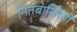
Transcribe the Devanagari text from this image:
नितंबास्तियों